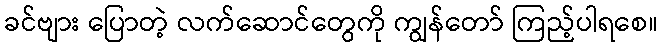
ခင်ဗျား ပြောတဲ့ လက်ဆောင်တွေကို ကျွန်တော် ကြည့်ပါရစေ။